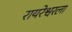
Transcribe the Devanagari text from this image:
रायरेश्वरला